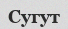
Сугут